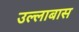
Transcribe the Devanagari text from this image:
उल्लाबास